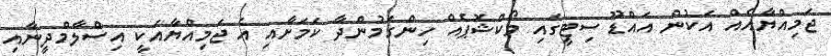
ޖަމިއްޔާއެއް އަކުން އައްޑޫ ސިޓީގައި ވޯކްޝޮޕެއް ހިންގަމުންދާ ކަމަށާއި އެ ޖަމިއްޔާއަކީ އިސްލާމްދީނާއި